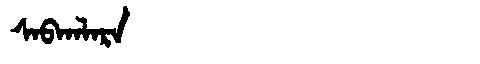
Manchu: ᠰᠠᠪᡴᠠᠯᠠᡵᠠ
Romanization: SABKALARA